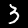
Label: 3